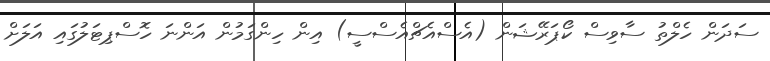
ސަދަން ހެލްތު ސާވިސް ކޯޕަރޭޝަން (އެސްއެޗްއެސްސީ) އިން ހިންގަމުން އަންނަ ހޮސްޕިޓަލުގައި އަލަށް